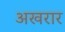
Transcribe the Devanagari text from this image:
अखरार